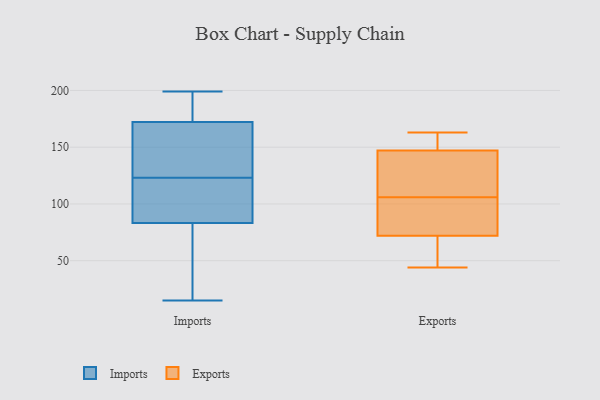
{"axis": {"x": "Inventory Turnover", "y": "Value"}, "legend": ["Exports", "Imports"], "data": [{"x": "", "y": 104, "type": "Imports"}, {"x": "", "y": 182, "type": "Imports"}, {"x": "", "y": 170, "type": "Imports"}, {"x": "", "y": 178, "type": "Imports"}, {"x": "", "y": 199, "type": "Imports"}, {"x": "", "y": 62, "type": "Imports"}, {"x": "", "y": 55, "type": "Imports"}, {"x": "", "y": 158, "type": "Imports"}, {"x": "", "y": 109, "type": "Imports"}, {"x": "", "y": 115, "type": "Imports"}, {"x": "", "y": 123, "type": "Imports"}, {"x": "", "y": 173, "type": "Imports"}, {"x": "", "y": 99, "type": "Imports"}, {"x": "", "y": 182, "type": "Imports"}, {"x": "", "y": 124, "type": "Imports"}, {"x": "", "y": 131, "type": "Imports"}, {"x": "", "y": 78, "type": "Imports"}, {"x": "", "y": 15, "type": "Imports"}, {"x": "", "y": 78, "type": "Imports"}, {"x": "", "y": 104, "type": "Exports"}, {"x": "", "y": 75, "type": "Exports"}, {"x": "", "y": 131, "type": "Exports"}, {"x": "", "y": 139, "type": "Exports"}, {"x": "", "y": 153, "type": "Exports"}, {"x": "", "y": 163, "type": "Exports"}, {"x": "", "y": 44, "type": "Exports"}, {"x": "", "y": 163, "type": "Exports"}, {"x": "", "y": 128, "type": "Exports"}, {"x": "", "y": 50, "type": "Exports"}, {"x": "", "y": 106, "type": "Exports"}, {"x": "", "y": 63, "type": "Exports"}, {"x": "", "y": 162, "type": "Exports"}, {"x": "", "y": 54, "type": "Exports"}, {"x": "", "y": 75, "type": "Exports"}, {"x": "", "y": 145, "type": "Exports"}, {"x": "", "y": 82, "type": "Exports"}]}